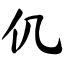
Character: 仉